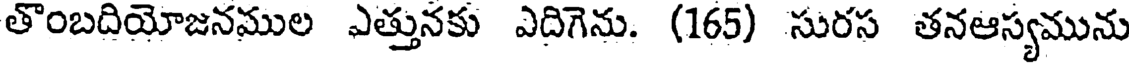
తొంబదియోజనముల ఎత్తునకు ఎదిగెను. (165) సురస తనఆస్యమును